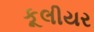
કૂલીયર